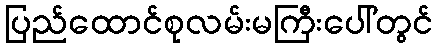
ပြည်ထောင်စုလမ်းမကြီးပေါ်တွင်